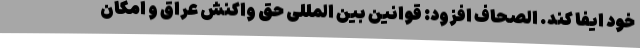
خود ایفا کند. الصحاف افزود: قوانین بین المللی حق واکنش عراق و امکان